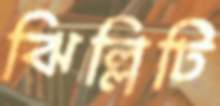
ঝিল্লিটি